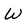
Character: W